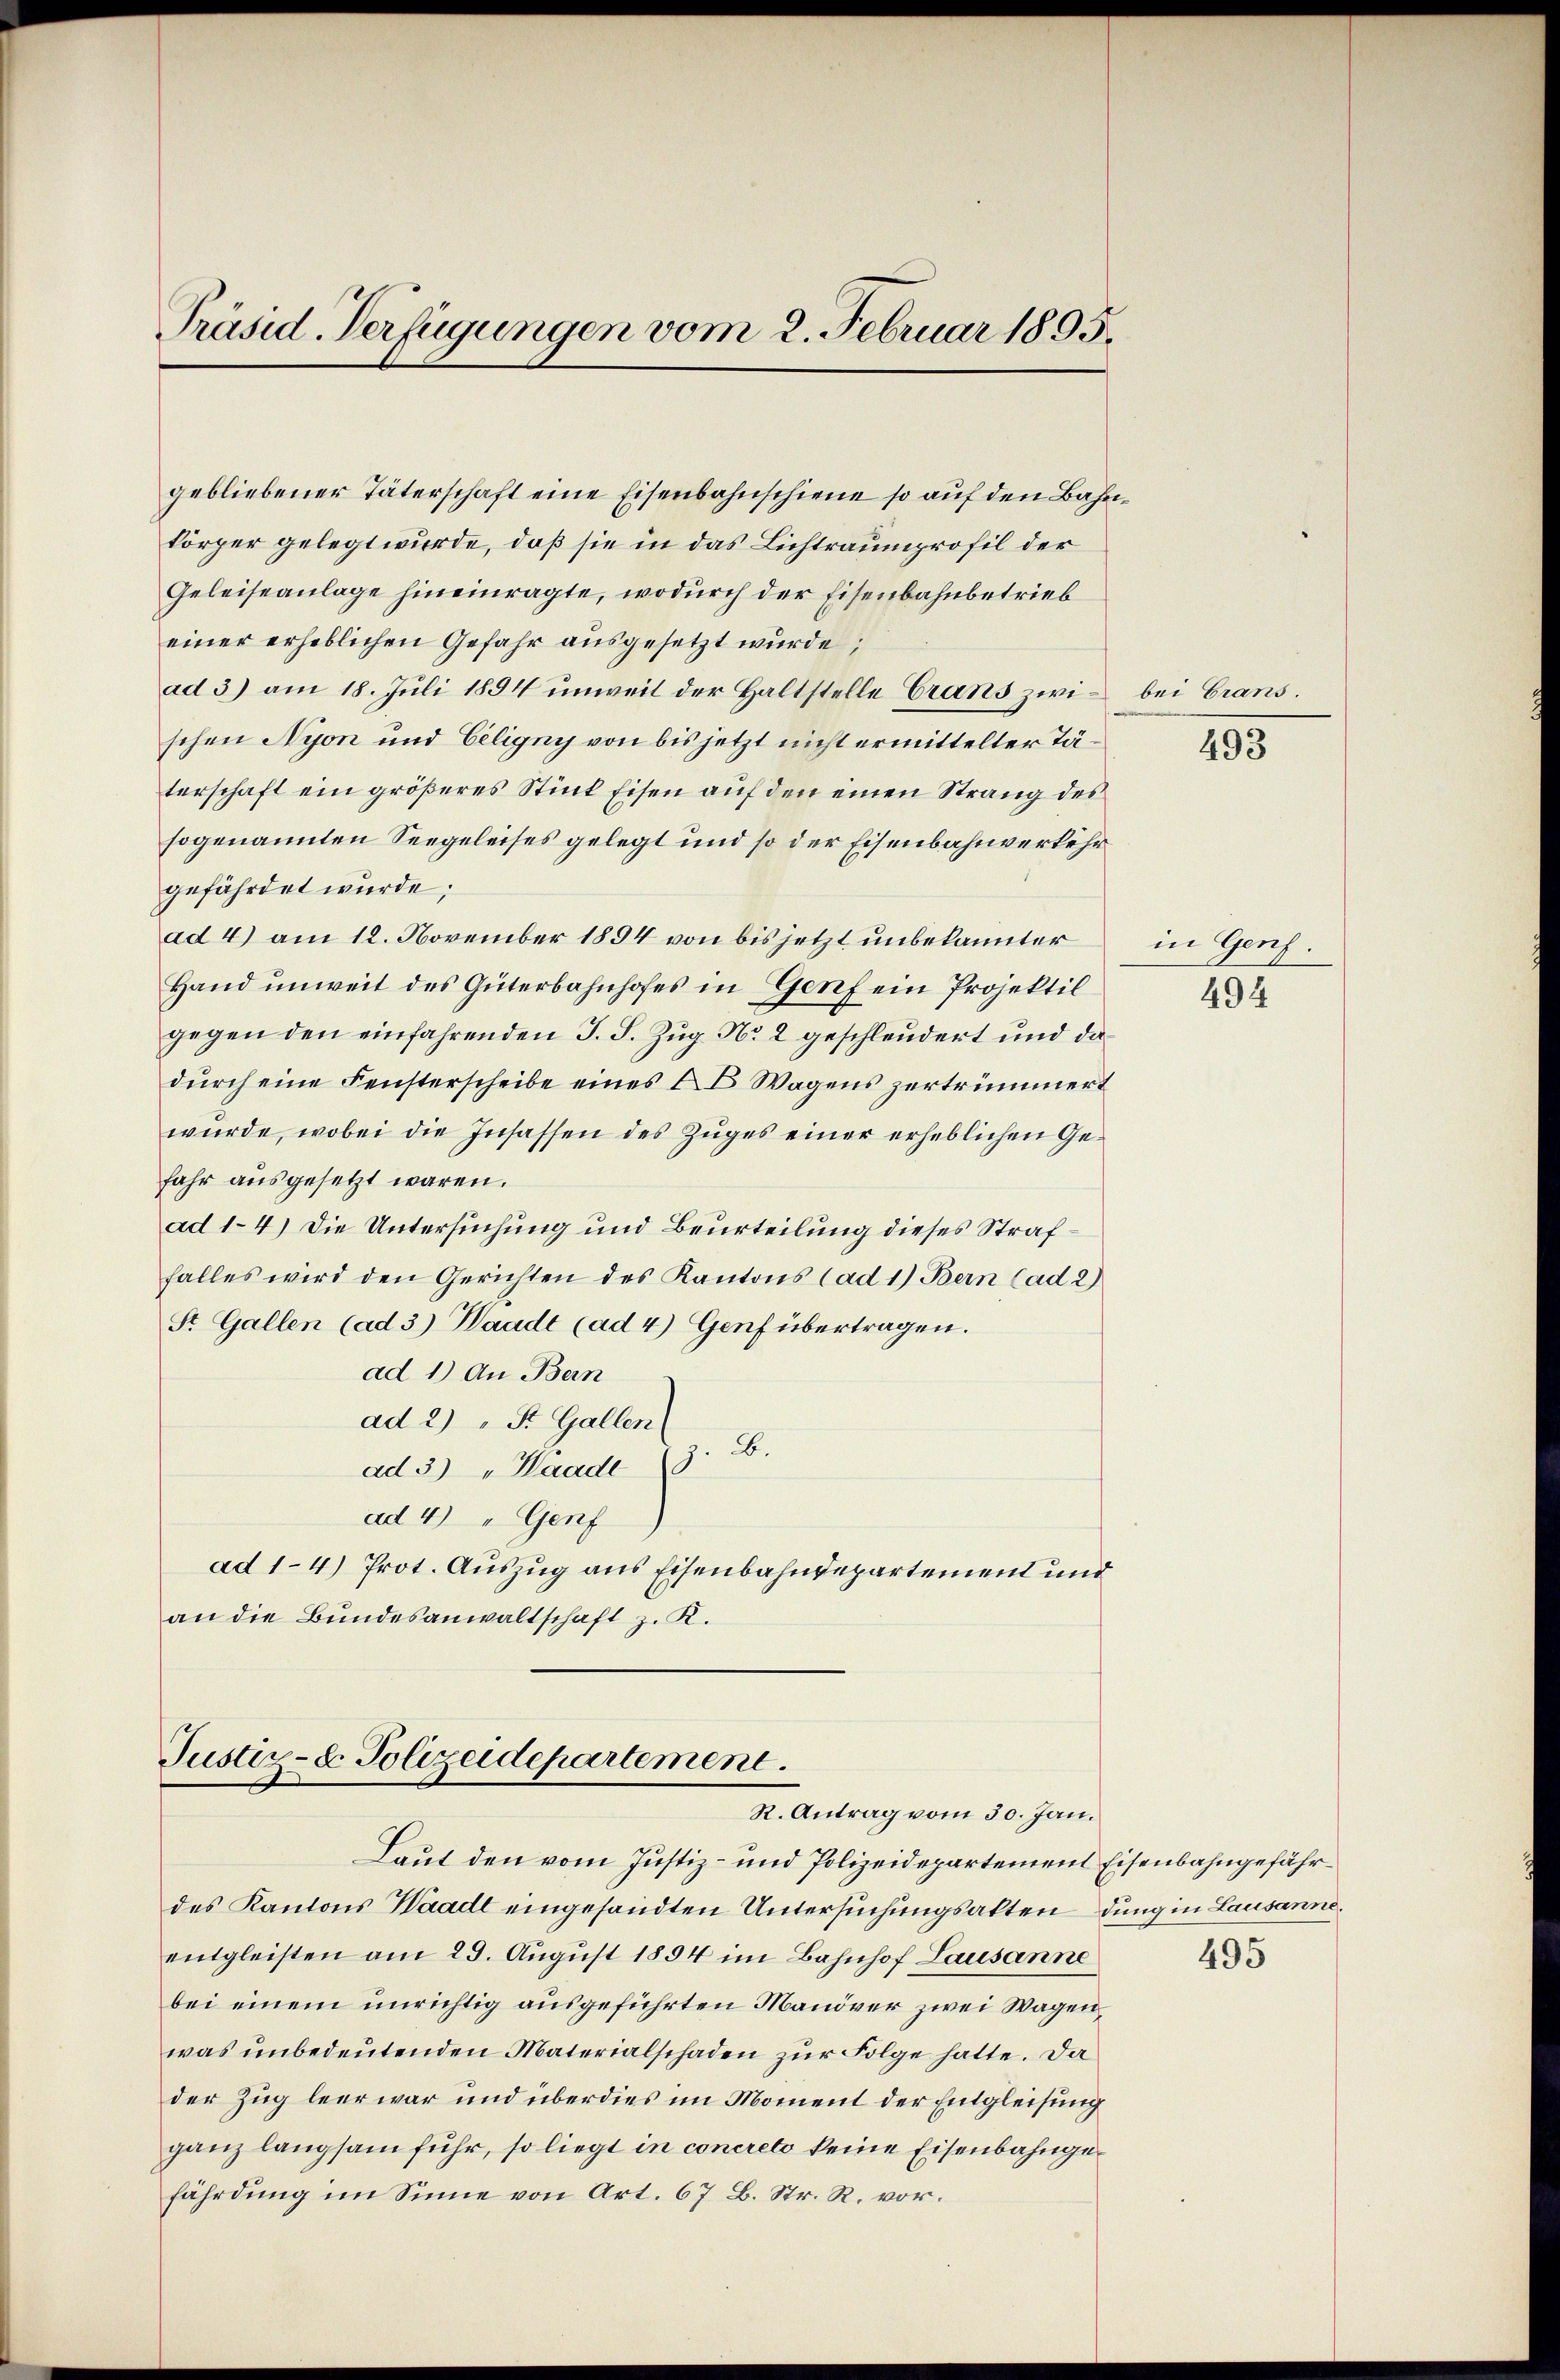
Präsid Verfügungen vom 2. Februar 1895.

gebliebener Täterschaft eine Eisenbahnschiene so auf den Bahnkörper gelegt wurde, daß sie in das Lichtraumprofil der
Geleiseanlage hineinragte, wodurch der Eisenbahnbetrieb
einer erheblichen Gefahr ausgesetzt wurde;
ad 3) am 18. Juli 1894 unweil der Haltstelle Grand zwischen Nyon und Celigny von bis jetzt nicht ermittelter Täterschaft ein größeres Stück Eisen auf den einen Strang des
sogenannten Seegeleises gelegt und so der Eisenbahnverkehr
gefährdet wurde;
ad 4) am 12. November 1894 von bis jetzt unbekannter
Hand unweit des Güterbahnhofes in Genf ein Projektil
gegen den einfahrenden J. J. Zug No 2 geschleudert und dadŭrch eine Fensterscheibe eines E. Wagens zertrümmert
würde, wobei die Insassen des Zuges einer erheblichen Ge-
fahr ausgesetzt waren.
ad 1-4.) Die Untersuchung und Beurteilung dieses Straffalles wird den Gerichten des Kantons (ad 1) Bern (ad 2)
St. Gallen (ad 3) Waadt (ad 4) Genf übertragen.
ad 1.) An Bern
ad 2) " St. Gallen
ad 3.) " Haade (3. B.
ad 4) " Genf
ad 1-4) Prot. Auszug aus Eisenbahndepartement und
an die Bundesanwaltschaft z. R.

Justiz- & Polizeidepartement.
R. Antrag vom 30. Jan.
Laut den vom Justiz- und Polizeidepartement Eisenbahngefähr¬

des Kantons Waadt eingesandten Untersuchungsakten dung in Lausanne.
entgleisten am 29. August 1894 im Bahnhof Lausanne
bei einem unrichtig ausgeführten Manöver zwei Wagen,
was unbedeutenden Materialschaden zur Folge hatte. Da
der Zug leer war und überdies im Moment der Entgleisung
ganz langsam fuhr, so liegt in concreto keine Eisenbahngefährdung im Sinne von Art. 67 B. Str. R. vor.

bei Grans.
493

in Genf.

494

495